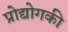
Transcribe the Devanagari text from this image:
प्रोद्योगकी